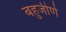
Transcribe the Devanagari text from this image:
बहुजीर्ण